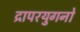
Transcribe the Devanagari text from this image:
द्रापरयुगनो